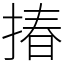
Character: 𢰦